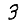
Digit: 3